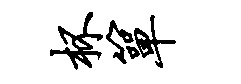
杯箪